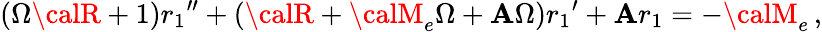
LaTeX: (\Omega{\calR}+1){r_{1}}^{\prime\prime}+({\calR}+{\calM}_{e}\Omega+{\cal\mathbf{A}}\Omega){r_{1}}^{\prime}+{\cal\mathbf{A}}r_{1}=-{\calM}_{e}\, ,